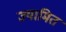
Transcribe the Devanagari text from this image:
ज्यामित